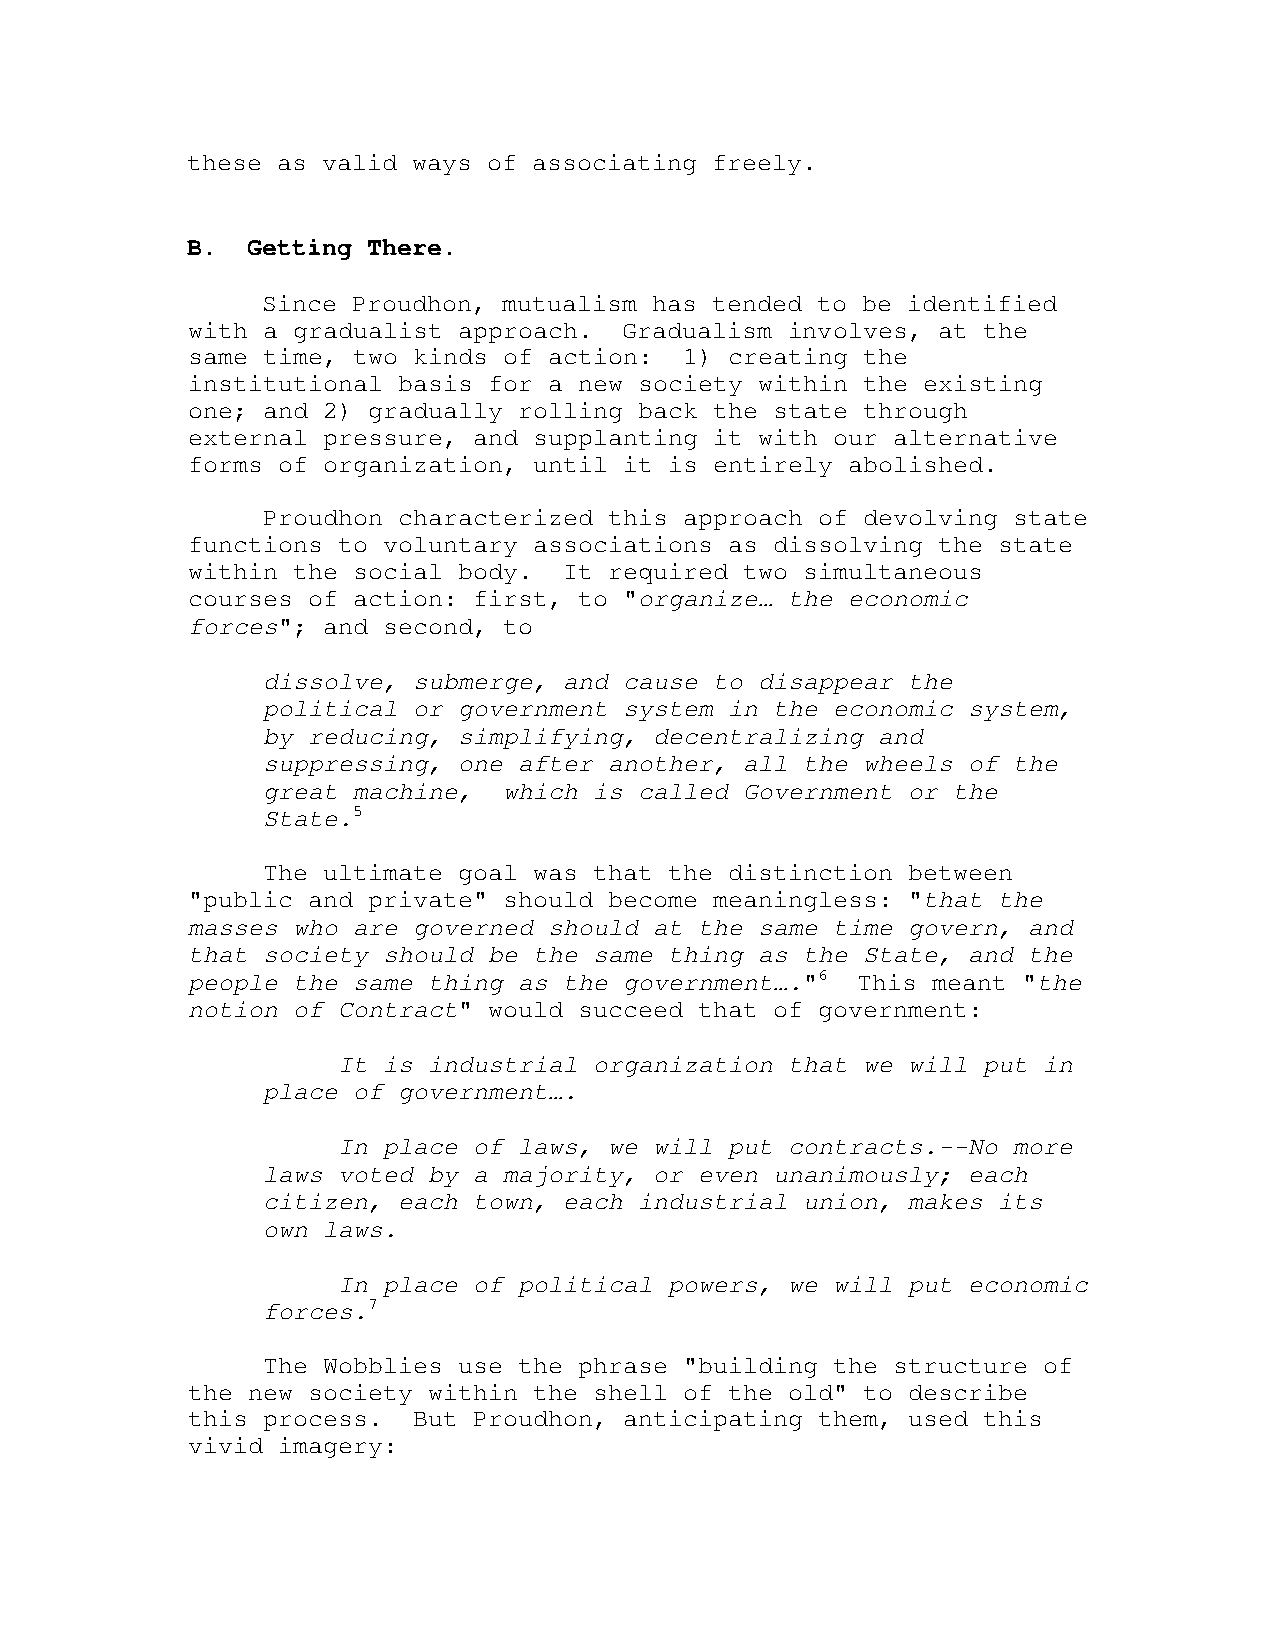
these as valid ways of associating freely.
 B.  Getting There.
 Since Proudhon, mutualism has tended to be identified
 with a gradualist approach.  Gradualism involves, at the
 same time, two kinds of action:  1) creating the
 institutional basis for a new society within the existing
 one; and 2) gradually rolling back the state through
 external pressure, and supplanting it with our alternative
 forms of organization, until it is entirely abolished.
 Proudhon characterized this approach of devolving state
 functions to voluntary associations as dissolving the state
 within the social body.  It required two simultaneous
 courses of action: first, to "organize… the economic
 forces"; and second, to
 dissolve, submerge, and cause to disappear the
 political or government system in the economic system,
 by reducing, simplifying, decentralizing and
 suppressing, one after another, all the wheels of the
 great machine,  which is called Government or the
 State.5
 The ultimate goal was that the distinction between
 "public and private" should become meaningless: "that the
 masses who are governed should at the same time govern, and
 that society should be the same thing as the State, and the
 people the same thing as the government…."6  This meant "the
 notion of Contract" would succeed that of government:
 It is industrial organization that we will put in
 place of government….
 In place of laws, we will put contracts.--No more
 laws voted by a majority, or even unanimously; each
 citizen, each town, each industrial union, makes its
 own laws.
 In place of political powers, we will put economic
 forces.7
 The Wobblies use the phrase "building the structure of
 the new society within the shell of the old" to describe
 this process.  But Proudhon, anticipating them, used this
 vivid imagery: